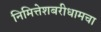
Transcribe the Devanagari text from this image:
निमित्तेशबरीधामचा